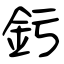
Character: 釫